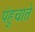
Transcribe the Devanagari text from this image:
पंहुचाते